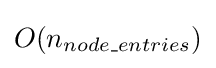
O(n_{node\_entries})